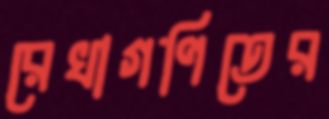
রেখাগণিতের